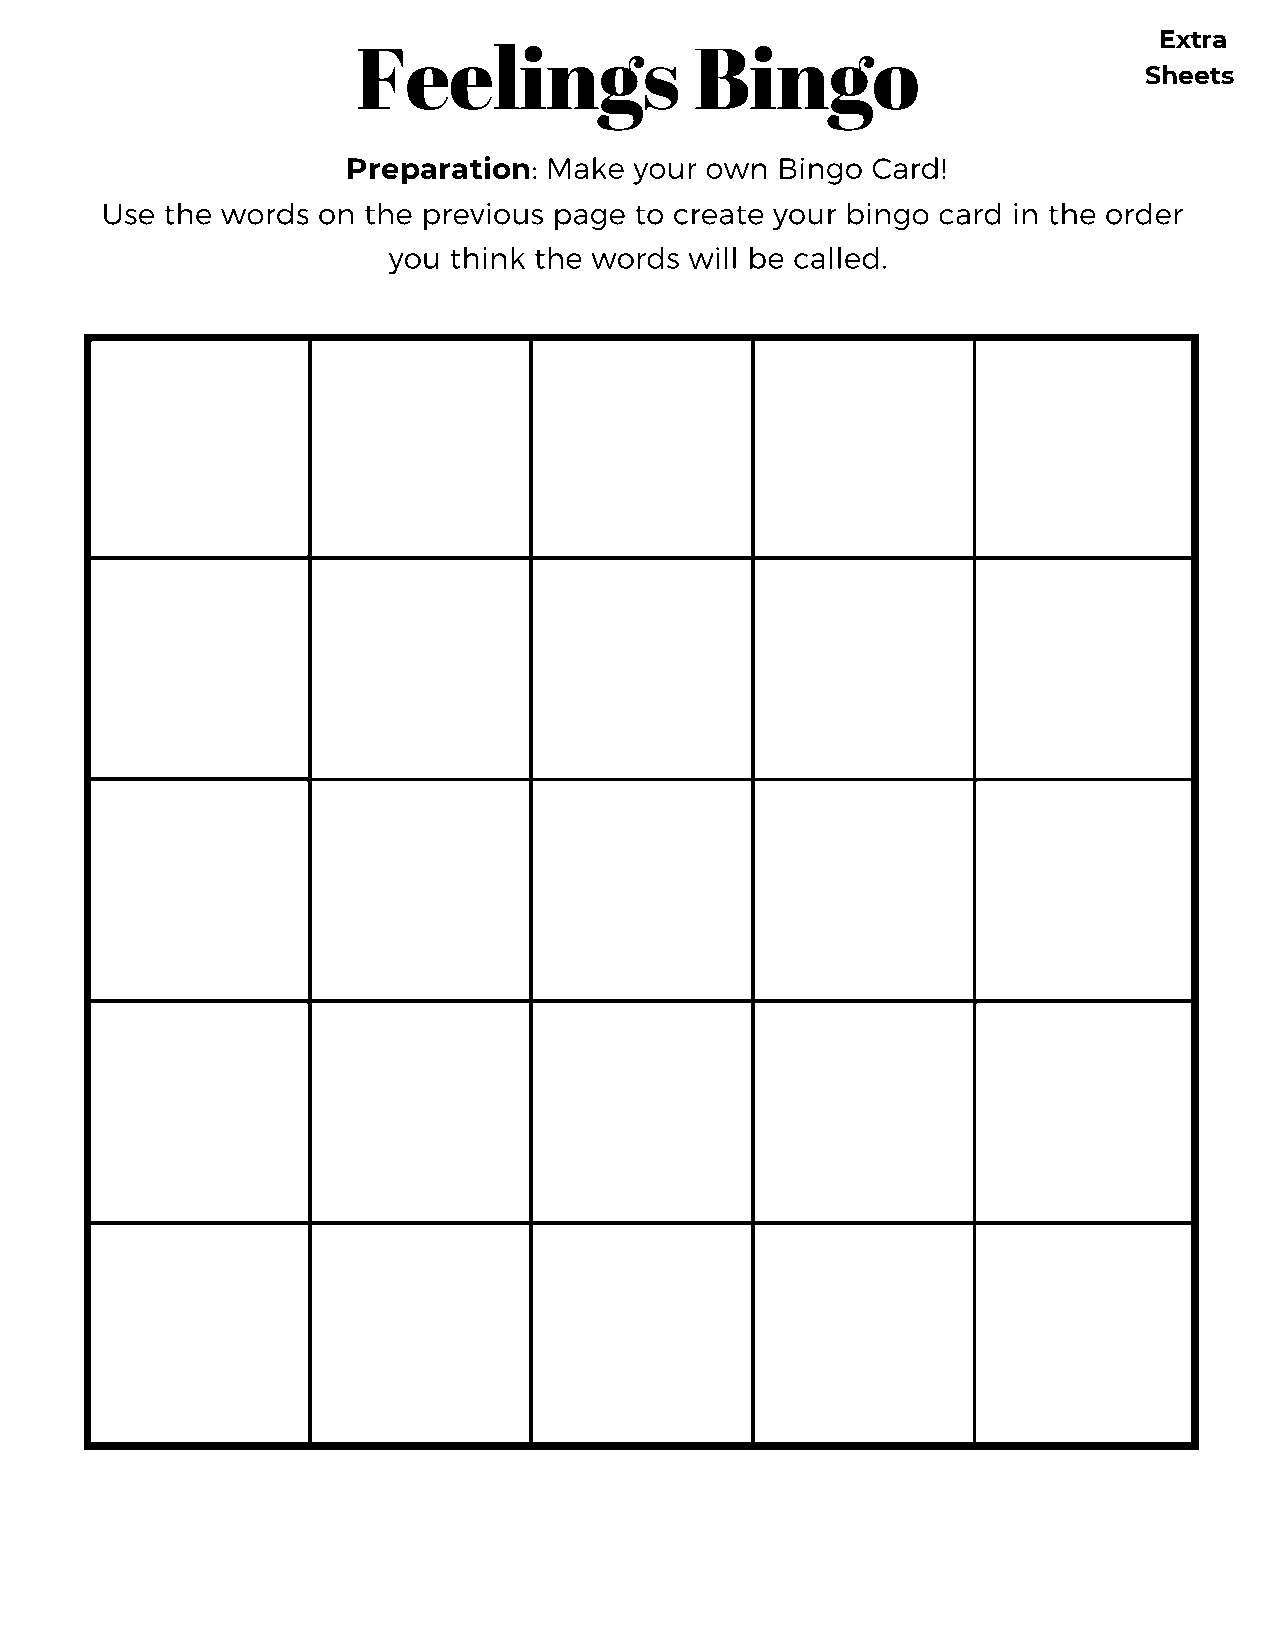
Extra
 Feelings              Bingo
 Sheets
 : Make your own Bingo  Card!
 Preparation
 Use the words on the previous page to create your bingo card in the order
 you think the words will be called.